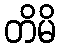
တိမိ